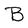
Character: B